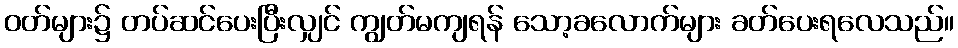
ဝတ်များ၌ တပ်ဆင်ပေးပြီးလျှင် ကျွတ်မကျရန် သော့ခလောက်များ ခတ်ပေးရလေသည်။